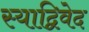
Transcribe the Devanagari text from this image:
स्याद्विवेद